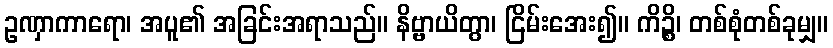
ဥဏှာကာရော၊ အပူ၏ အခြင်းအရာသည်။ နိဗ္ဗာယိတွာ၊ ငြိမ်းအေး၍။ ကိဉ္စိ၊ တစ်စုံတစ်ခုမျှ။